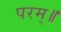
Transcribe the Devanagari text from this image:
परम्॥